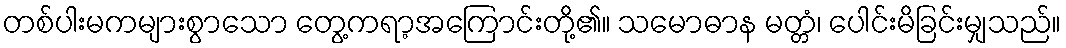
တစ်ပါးမကများစွာသော တွေ့ကရာ့အကြောင်းတို့၏။ သမောဓာန မတ္တံ၊ ပေါင်းမိခြင်းမျှသည်။